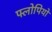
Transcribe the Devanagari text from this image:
फ्लोपियों